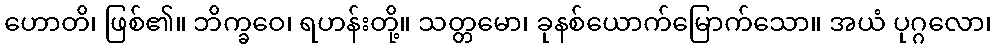
ဟောတိ၊ ဖြစ်၏။ ဘိက္ခဝေ၊ ရဟန်းတို့။ သတ္တမော၊ ခုနစ်ယောက်မြောက်သော။ အယံ ပုဂ္ဂလော၊